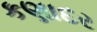
કણાદર